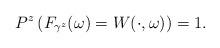
LaTeX: \begin{align*}P^z\left(F_{\gamma^z}(\omega)=W(\cdot,\omega)\right)=1.\end{align*}